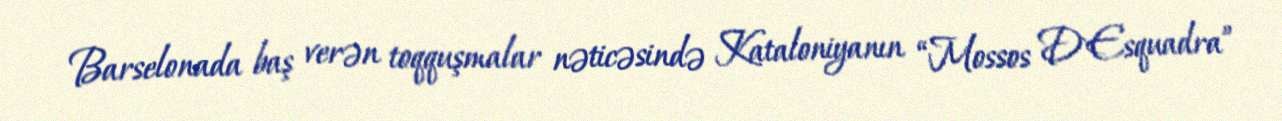
Barselonada baş verən toqquşmalar nəticəsində Kataloniyanın “Mossos D`Esquadra”